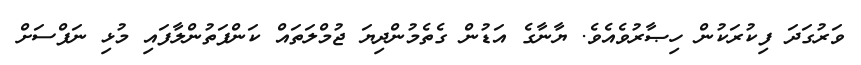
ވަރުގަދަ ފިކުރަކުން ހިޞާރުވެއެވެ. ޔާނާގެ އަޑުން ގެތެމުންދިޔަ ޖުމްލަތައް ކަންފަތުންލާފައި މުޅި ނަފްސަށް